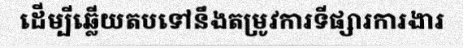
ដើម្បីឆ្លើយតបទៅនឹងតម្រូវការទីផ្សារការងារ